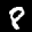
Label: 8